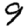
Digit: 9